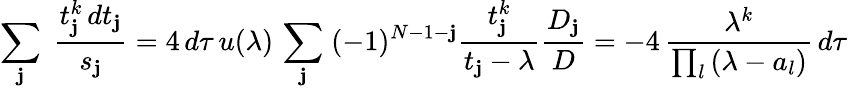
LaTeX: \sum_{\mathbf{j}}\; {\frac{{t_{\mathbf{j}}^{k}\, dt_{\mathbf{j}}}}{{s_{\mathbf{j}}}}}=4\, d\tau\, u(\lambda)\, \sum_{\mathbf{j}}\; (-1)^{N-1-\mathbf{j}}{\frac{{t_{\mathbf{j}}^{k}}}{{t_{\mathbf{j}}-\lambda}}}{\frac{{D_{\mathbf{j}}}}{{D}}}=-4\, {\frac{{\lambda^{k}}}{{\prod_{l}\, (\lambda-a_{l})}}}\, d\tau